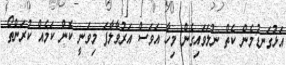
އަޅުގަނޑުމެން ކެތް ނުލަވައިގެން މިހާ އަވަސް އަރުވާލާފަ މިވަނީ ކޮން ކަމެއް ކުރަންތޯ